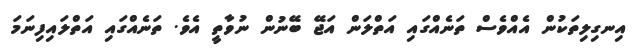
އިނގިލިތަކުން އެއްވެސް ތަނެއްގައި އަތްލަން އަޖޭ ބޭނުން ނުވާތީ އެވެ. ތަނެއްގައި އަތްލައިފިނަމަ